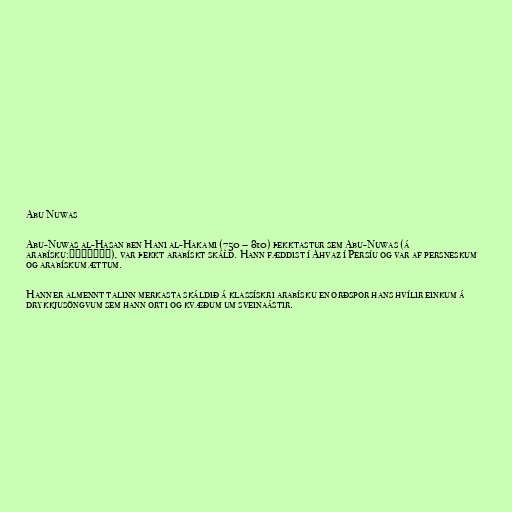
Abu Nuwas

Abu-Nuwas al-Hasan ben Hani al-Hakami (750 – 810) þekktastur sem Abu-Nuwas (á
arabísku:ابونواس), var þekkt arabískt skáld. Hann fæddist í Ahvaz í Persíu og var af persneskum
og arabískum ættum.

Hann er almennt talinn merkasta skáldið á klassískri arabísku en orðspor hans hvílir einkum á
drykkjusöngvum sem hann orti og kvæðum um sveinaástir.